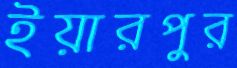
ইয়ারপুর